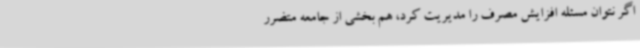
اگر نتوان مسئله افزایش مصرف را مدیریت کرد، هم بخشی از جامعه متضرر